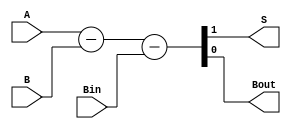
module FullSubtractor (
    input A,
    input B,
    input Bin,
    output S,
    output Bout
);

assign {S, Bout} = A - B - Bin;

endmodule